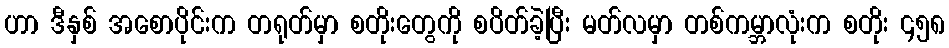
ဟာ ဒီနှစ် အစောပိုင်းက တရုတ်မှာ စတိုးတွေကို စပိတ်ခဲ့ပြီး မတ်လမှာ တစ်ကမ္ဘာလုံးက စတိုး ၄၅၈